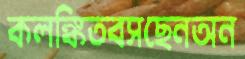
কলঙ্কিতবসছেনঅন